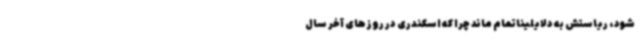
شود، ریاستش به دلایلیناتمام ماند چرا که اسکندری در روزهای آخر سال